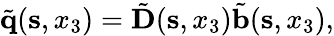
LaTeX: \begin{array}{r}{\tilde{\mathbf q}({\mathbf s},x_{3})=\tilde{\mathbf D}({\mathbf s},x_{3})\tilde{\mathbf b}({\mathbf s},x_{3}),}\end{array}